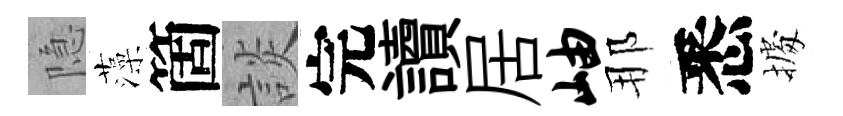
隐藻箇談完讀居岫那悉𢴃